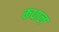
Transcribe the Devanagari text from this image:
कधाल